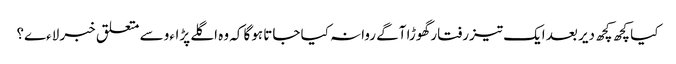
کیا کچھ کچھ دیر بعد ایک تیزرفتار گھوڑا آگے روانہ کیا جاتا ہوگا کہ وہ اگلے پڑاءو سے متعلق خبر لاءے؟